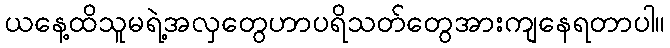
ယနေ့ထိသူမရဲ့အလှတွေဟာပရိသတ်တွေအားကျနေရတာပါ။